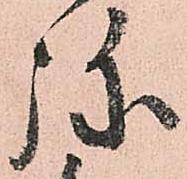
弥